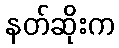
နတ်ဆိုးက